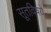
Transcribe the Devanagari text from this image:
सूतविषये